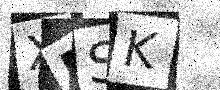
Text: XMSK